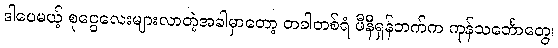
ဒါပေမယ့် စုငွေလေးများလာတဲ့အခါမှာတော့ တခါတစ်ရံ ဖီနီရှန်ဘက်က ကုန်သင်္ဘောတွေ၊